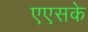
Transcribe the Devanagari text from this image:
एएसके